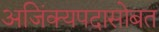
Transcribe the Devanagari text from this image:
अजिंक्यपदासोबत